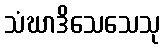
သံဃာဒိသေသေသု